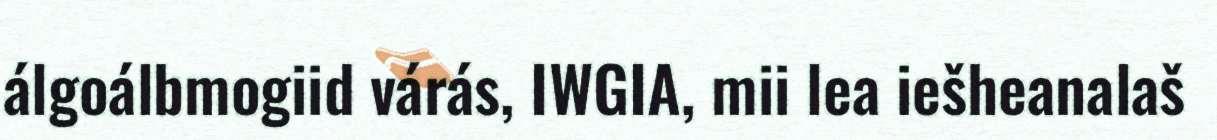
álgoálbmogiid várás, IWGIA, mii lea iešheanalaš